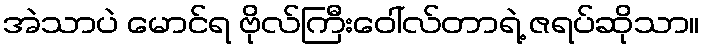
အဲသာပဲ မောင်ရ ဗိုလ်ကြီးဝေါ်လ်တာရဲ့ ဇရပ်ဆိုသာ။